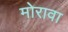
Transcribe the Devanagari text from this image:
मोरावा